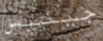
جينيس